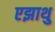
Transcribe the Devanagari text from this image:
एझाथु